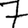
Digit: 7